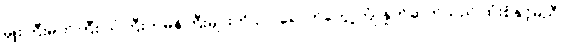
မှူးကြီးမတ်ကြီး သံကြီးတမန်ကြီးများကို လာရောက်တွေ့ကြုံ နှုတ်ဆက်သည် ထုံးစံနှင့်မညီ၊